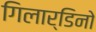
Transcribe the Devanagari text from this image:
गिलार्डिनो